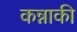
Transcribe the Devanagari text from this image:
कन्नाकी